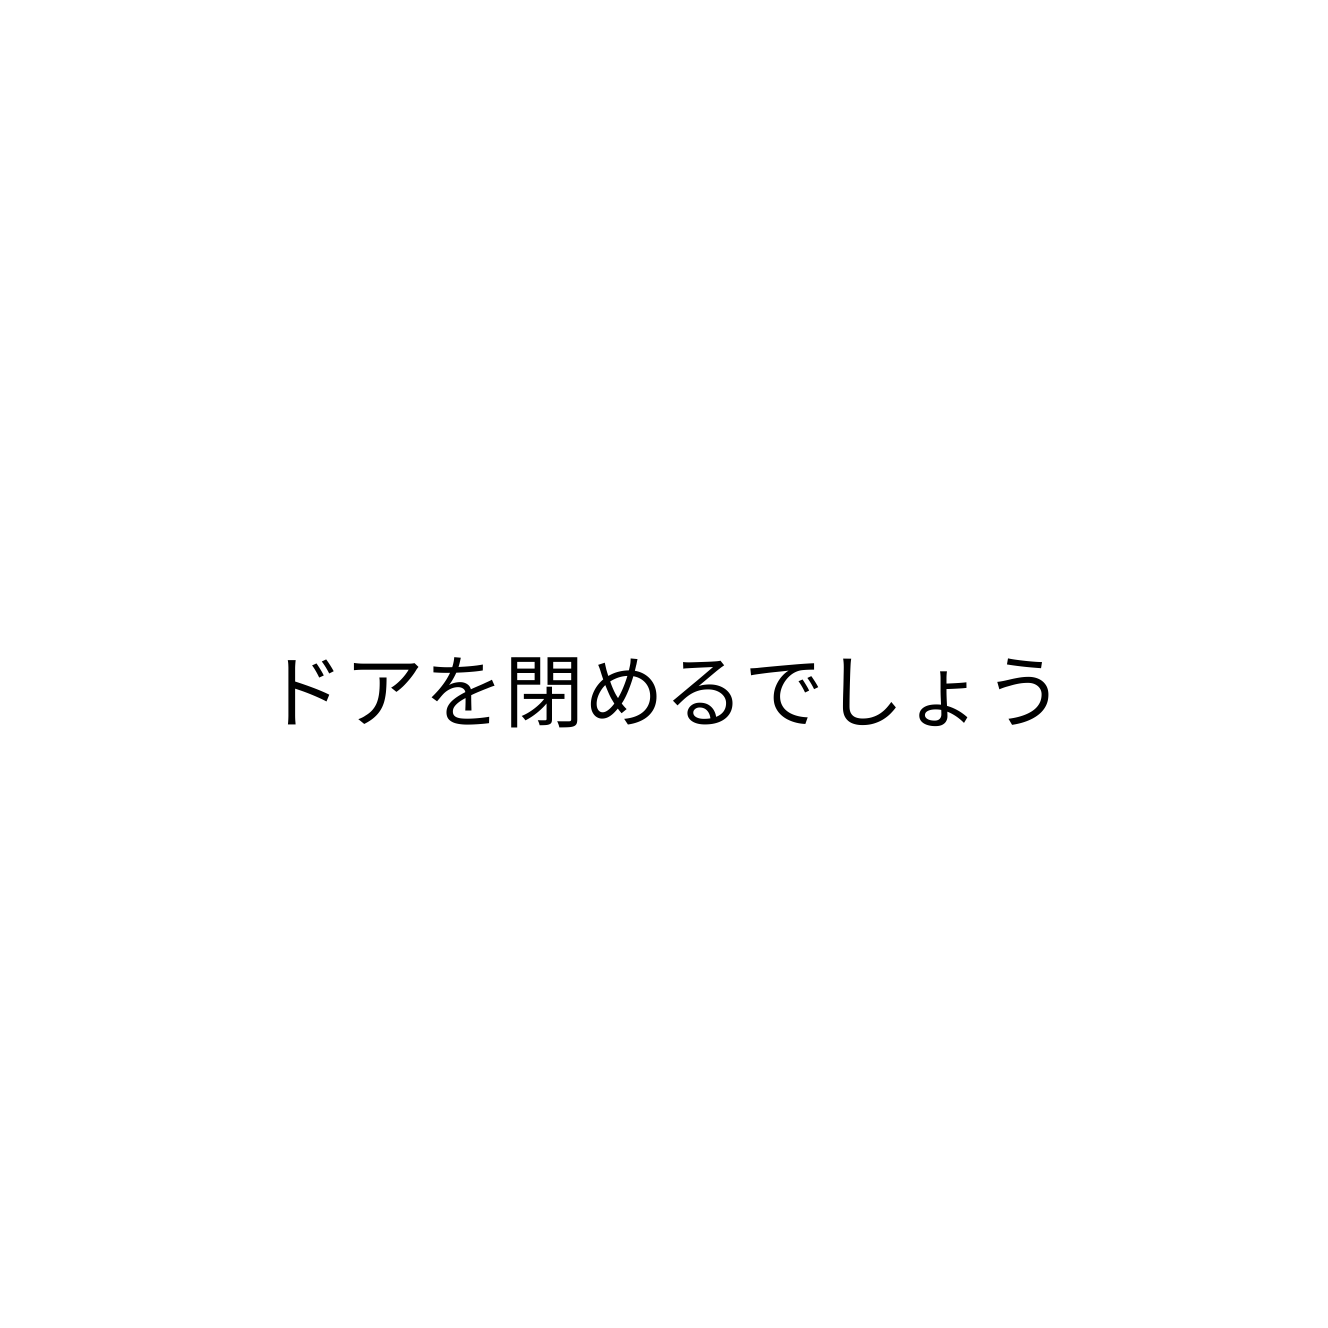
ドアを閉めるでしょう